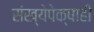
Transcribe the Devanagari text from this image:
संख्येपेक्षाही